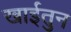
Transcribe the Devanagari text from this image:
खाईतुन